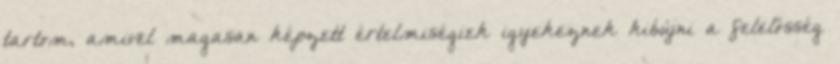
tartom, amivel magasan képzett értelmiségiek igyekeznek kibújni a felelősség